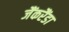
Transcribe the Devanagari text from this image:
जैंकरैंडा